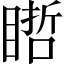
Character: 𥉭